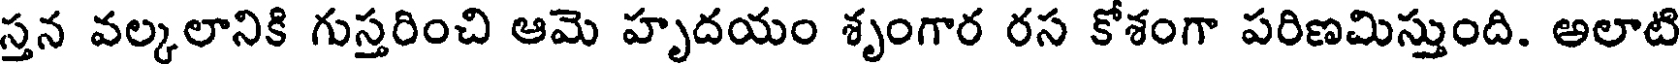
స్తన వల్కలానికి గుస్తరించి ఆమె హృదయం శృంగార రస కోశంగా పరిణమిస్తుంది. అలాటి